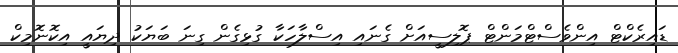
ޑައިރެކްޓް އިންވެސްޓްމަންޓް ޕޮލިސީއަށް ގެނައި އިސްލާހަކާ ގުޅިގެން ގިނަ ބަޔަކު ދިޔައީ އިކޮނޮމިކް